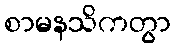
စာမနသိကတွာ